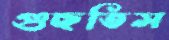
গুছতিস